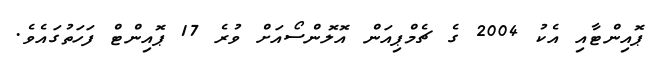
ޕޮއިންޓާއި އެކު 2004 ގެ ޗެމްޕިއަން އޮލޮންސޯއަށް ވުރެ 17 ޕޮއިންޓް ފަހަތުގައެވެ.